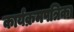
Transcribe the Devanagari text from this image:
कार्यक्रमपत्रिका